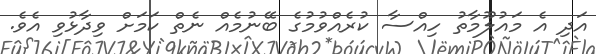
އަދި އެ މައުލޫމާތު ހިއްސާ ކުރެއްވުމުގެ ބޭނުމެއް ނެތް ކަމަށް ވިދާޅުވި އެވެ.